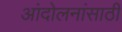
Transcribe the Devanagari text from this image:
आंदोलनांसाठी